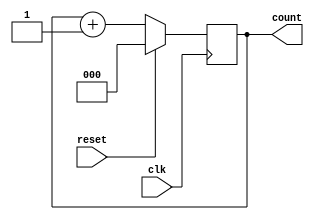
module Sequence_Counter3Bit2(
    input clk, reset,
    output reg [2:0] count
);

initial begin
    count=3'h0;
end
    always @(posedge clk) begin
        if (reset)
            count <= 3'h0;
        else 
            count <= count + 1;
    end
endmodule